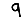
Digit: 9